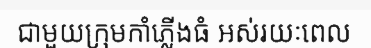
ជាមួយក្រុមកាំភ្លើងធំ អស់រយៈពេល